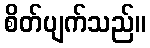
စိတ်ပျက်သည်။